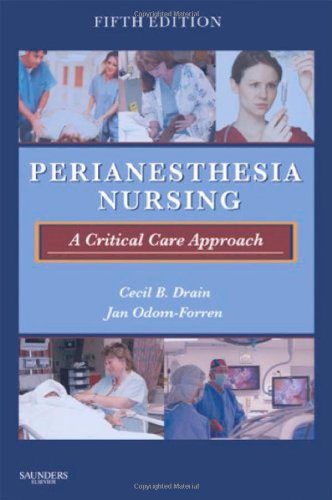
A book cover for PeriAnesthesia Nursing: A Critical Care Approach, 5e; Cecil B. Drain PhD  RN  CRNA  FAAN  FASAHP; Medical Books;